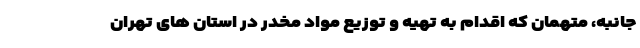
جانبه، متهمان که اقدام به تهیه و توزیع مواد مخدر در استان های تهران